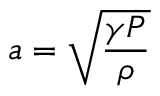
a = { \sqrt { \frac { \gamma P } { \rho } } }